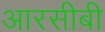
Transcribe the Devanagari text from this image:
आरसीबी